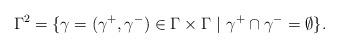
LaTeX: \begin{align*} \Gamma^2 = \{ \gamma = (\gamma^+, \gamma^-) \in \Gamma \times \Gamma \ | \ \gamma^+ \cap \gamma^- = \emptyset \}.\end{align*}